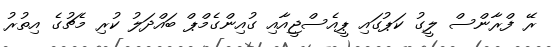
ރޭ ފްރާންސް ލީގު ކަޕުގައި ޕީއެސްޖީއާއި ގުއިންގެމްޕް ބައްދަލު ކުރި މެޗުގެ އިތުރުު